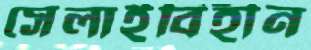
সেলাইবিহীন